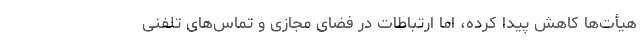
هیأت‌ها کاهش پیدا کرده، اما ‌ارتباطات در فضای مجازی و تماس‌های تلفنی